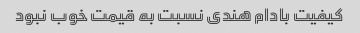
کیفیت بادام هندی نسبت به قیمت خوب نبود